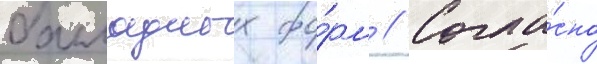
балладных фо́рм // Согла́сно